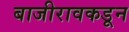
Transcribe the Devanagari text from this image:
बाजीरावकडून